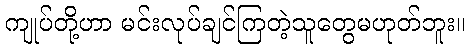
ကျုပ်တို့ဟာ မင်းလုပ်ချင်ကြတဲ့သူတွေမဟုတ်ဘူး။